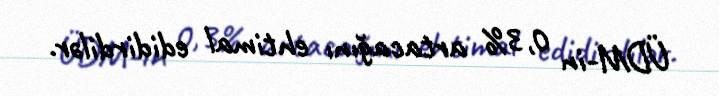
ÜDM-in 0,3% artacağını ehtimal edidirdilər.